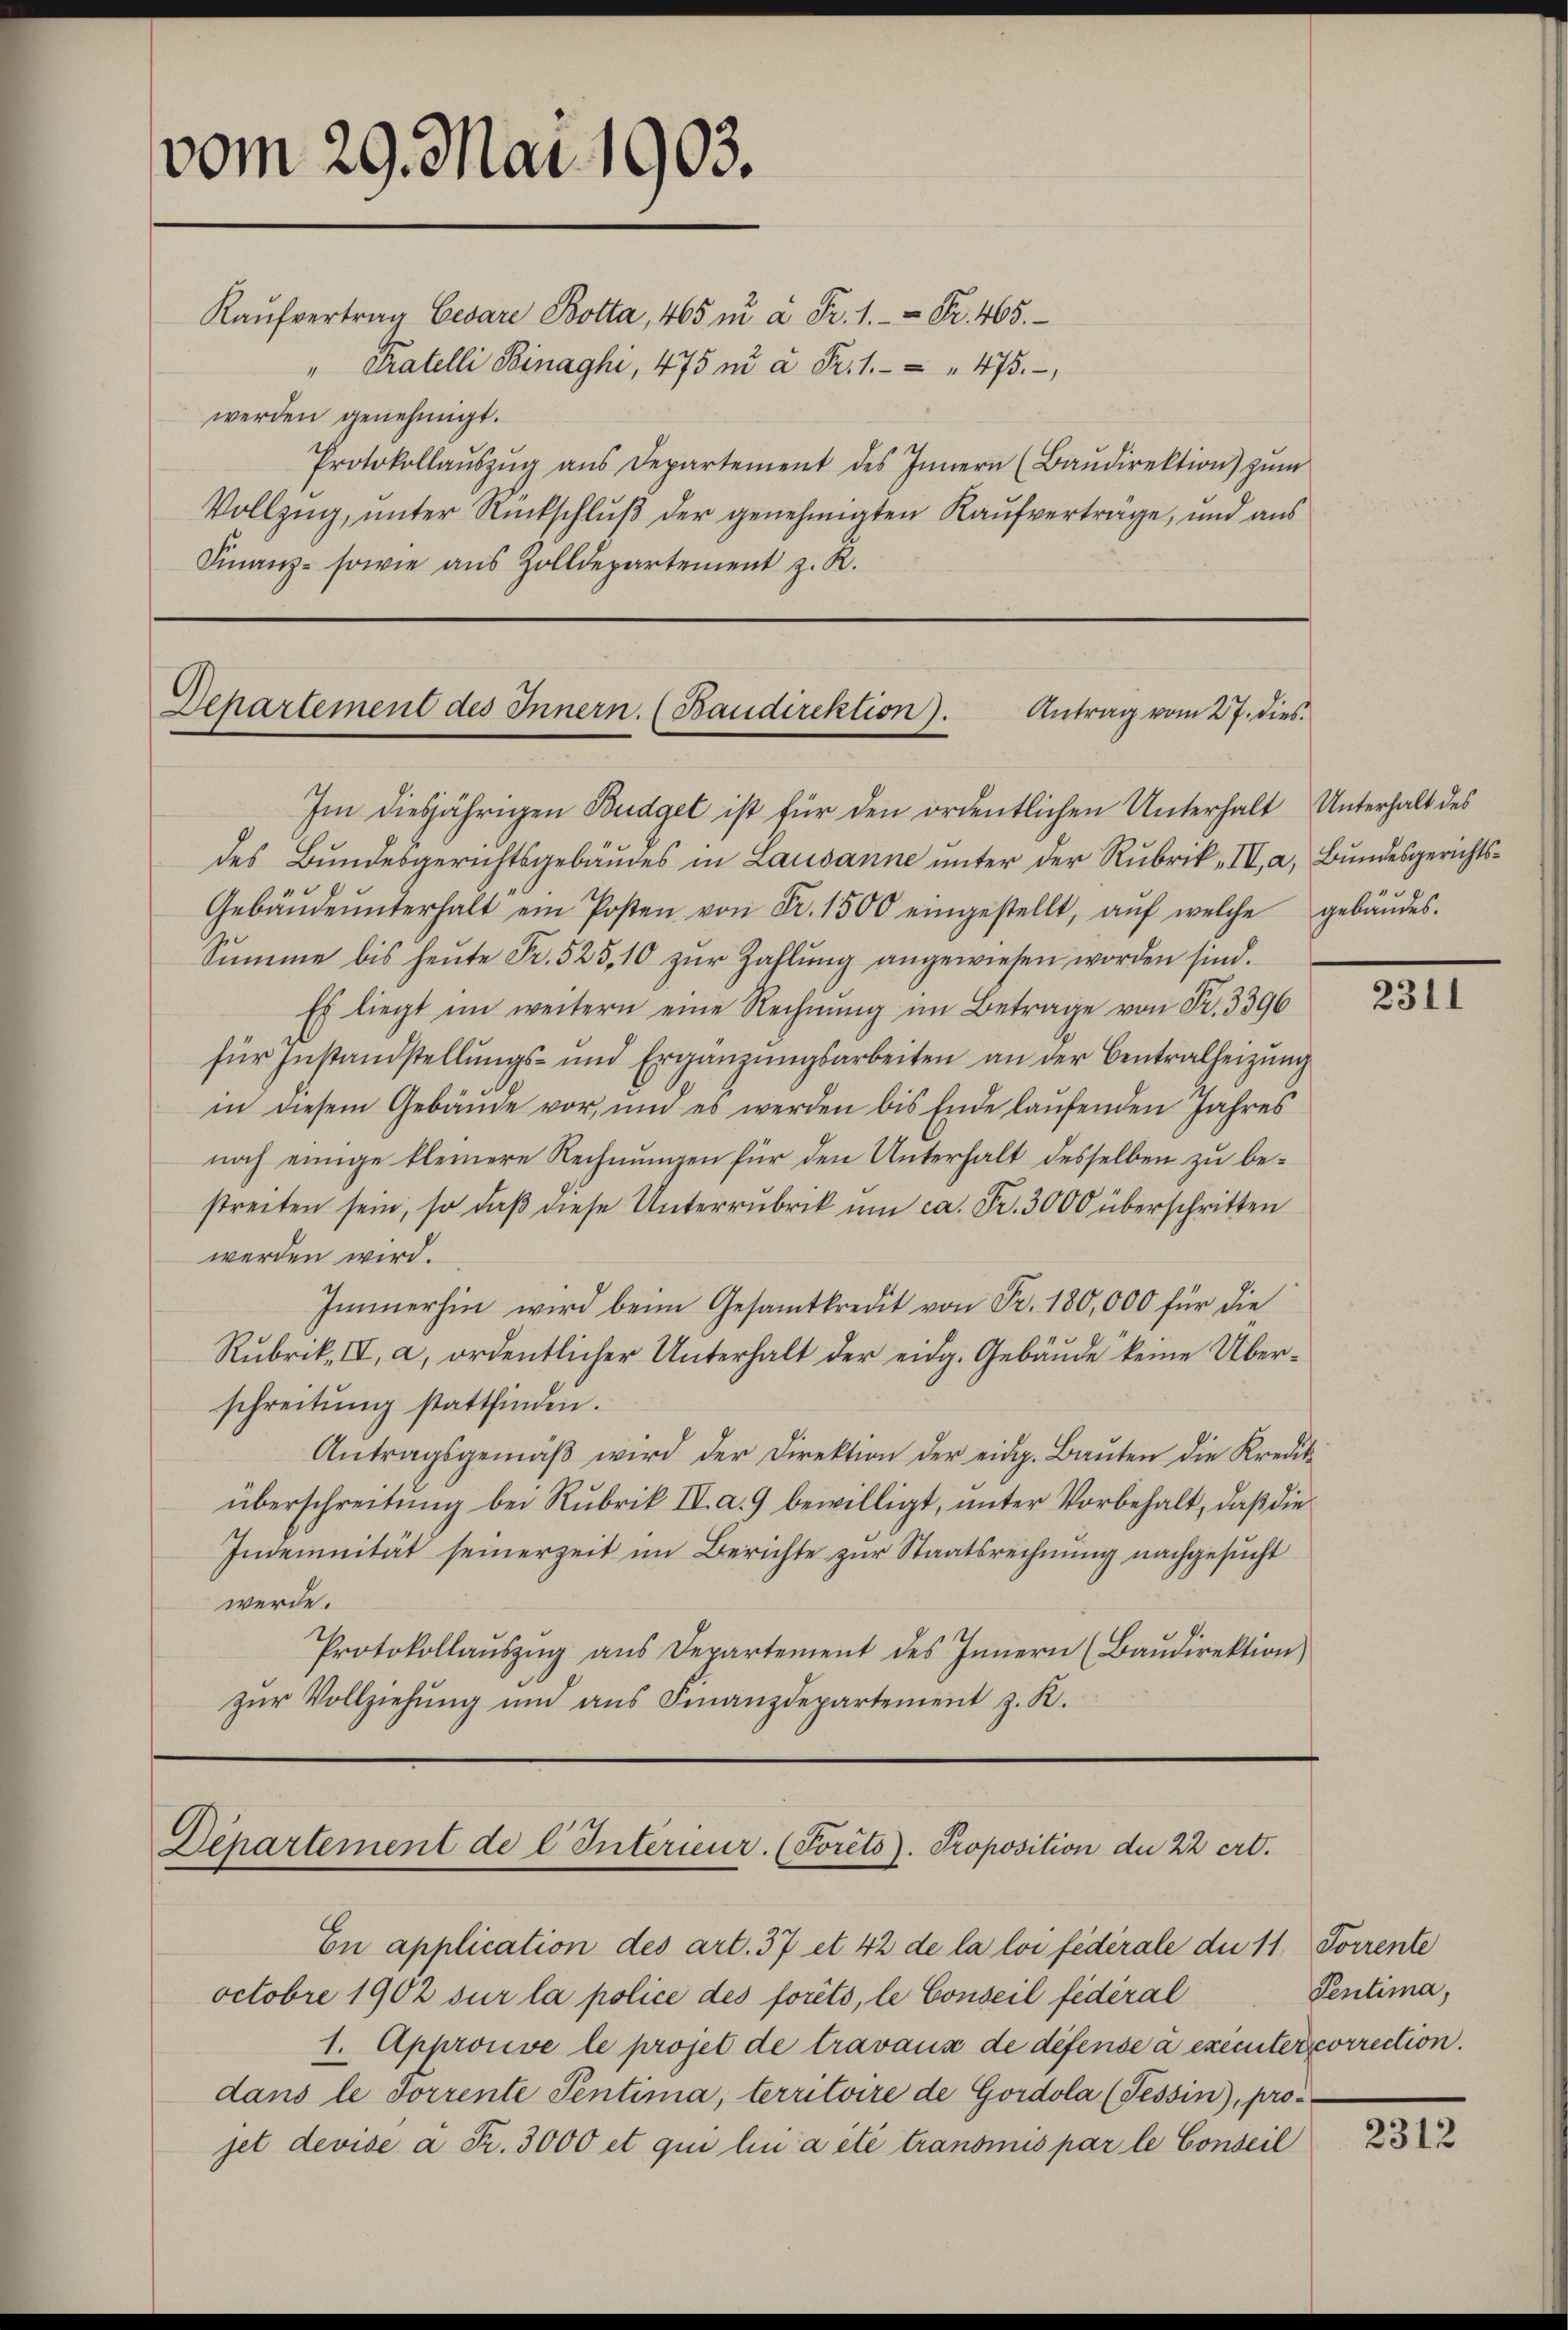
vom 29. Mai 1903.

Kaŭfvertrag Cesare Botta, 465 in à Fr. 1. Fr. 465.
" Pratelli Binaghi, 475 ni à Fr. 1. " 475.
werden genehmigt.
Protokollaŭszŭg aŭs Departement des Innern (Baŭdirektion zŭm
Vollzug, unter Rückschluß der genehmigten Kaufverträge, und aus
Finanz- sowie aus Zolldepartement z. R.

Im diesjährigen Budget ist für den ordentlichen Unterhalt Unterhalt des
des Bundesgerichtsgebäudes in Lausanne unter der Rubrik „IV, a, Bundesgerichts¬
Gebäŭdeŭnterhalt ein Posten von Fr. 1500 eingestellt, aŭf welche gebäŭdes.
Sŭmme bis heŭte Fr. 525, 10 zŭr Zahlŭng angewiesen worden sind.
Es liegt im weitern eine Rechnŭng im Betrage von Fr. 3396
für Instandstellungs- und Ergänzŭngsarbeiten an der Centralheizung
in diesem Gebäude vor, und es werden bis Ende laufenden Jahres
noch einige kleinere Rechnungen für den Unterhalt desselben zu bestreiten sein, so daβ diese Unterrubrik um ca. Fr. 3000 überschritten
werden wird.
Immerhin wird beim Gesamtkredit von Fr. 180,000 für die
Rubrik, IV, a, ordentlicher Unterhalt der eidg. Gebäŭde keine Über-
schreitŭng stattfinden.
Antragsgemäβ wird der Direktion der eidg. Baŭten die Kredit-
überschreitung bei Rubrik IV. a. 9 bewilligt, unter Vorbehalt, daß die
Indemnität seinerzeit im Berichte zur Staatsrechnung nachgesucht
werde.
Protokollaŭszŭg ans Departement des Innern (Baŭdirektion
zŭr Vollziehŭng und ans Finanzdepartement z. K.

Antrag vom 27. dies
Departement des Innern. (Baudirektion).

Departement de l. Interieur. (Poréto). Proposition der 22 crt.

En application des art. 37 et 42 de la loi fédérale die 11. Forrente
octobre 1902 sur la police des forêts, le Conseil fédéral
1. Approuve le projet de travaux de défense à executer correction.
dans le Torrente Pentima, territoire de Gordola (Tessin, pro
jet devise à Fr. 3000 et qui lui a été transmis par le Conseil

2311

Pentima,

2312